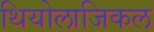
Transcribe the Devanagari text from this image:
थियोलाजिकल